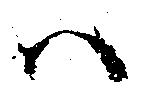
ハ